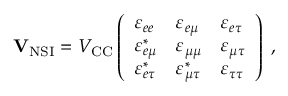
\begin{array} { r } { \mathbf { V } _ { \mathrm { N S I } } = V _ { \mathrm { C C } } \left( \begin{array} { l l l } { \varepsilon _ { e e } } & { \varepsilon _ { e \mu } } & { \varepsilon _ { e \tau } } \\ { \varepsilon _ { e \mu } ^ { \ast } } & { \varepsilon _ { \mu \mu } } & { \varepsilon _ { \mu \tau } } \\ { \varepsilon _ { e \tau } ^ { \ast } } & { \varepsilon _ { \mu \tau } ^ { \ast } } & { \varepsilon _ { \tau \tau } } \end{array} \right) \; , } \end{array}